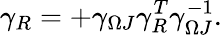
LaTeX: \gamma_{R}=+\gamma_{\Omega J}\gamma_{R}^{T}\gamma_{\Omega J}^{-1}.